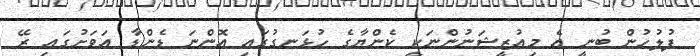
ފުލުހުން ބުނީ އެ މިއުޒީޝަނުންނަކީ ކެންޔާގެ ހުޅަނގުގައި އޮންނަ ޑެންޑާ އަވަށުގައި ރޭ